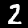
Digit: 2